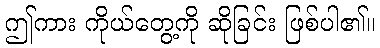
ဤကား ကိုယ်တွေ့ကို ဆိုခြင်း ဖြစ်ပါ၏။